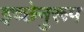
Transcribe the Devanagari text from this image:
इच्छेनुरूप